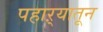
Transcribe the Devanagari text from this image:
पहाऱ्यातून